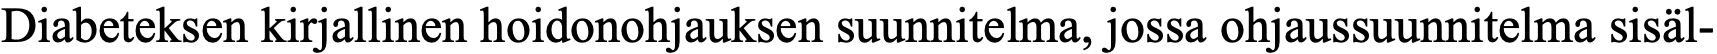
Diabeteksen kirjallinen hoidonohjauksen suunnitelma, jossa ohjaussuunnitelma sisäl-